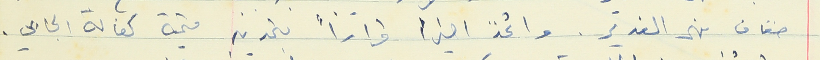
ضفاف نهر الغدير. واتخذ اخيراً قراراً بتحديد قيمة كفالة الجابي.